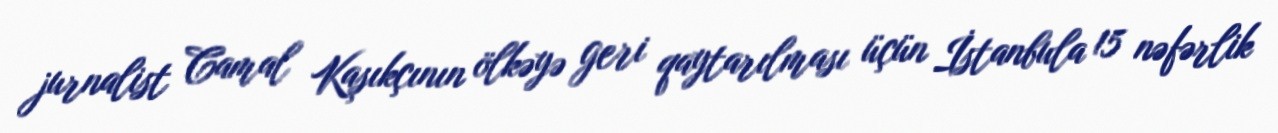
jurnalist Camal Kaşıkçının ölkəyə geri qaytarılması üçün İstanbula 15 nəfərlik